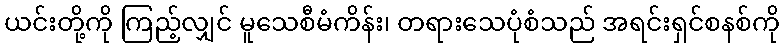
ယင်းတို့ကို ကြည့်လျှင် မူသေစီမံကိန်း၊ တရားသေပုံစံသည် အရင်းရှင်စနစ်ကို